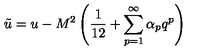
\tilde { u } = u - M ^ { 2 } \left( \frac { 1 } { 1 2 } + \sum _ { p = 1 } ^ { \infty } \alpha _ { p } q ^ { p } \right)